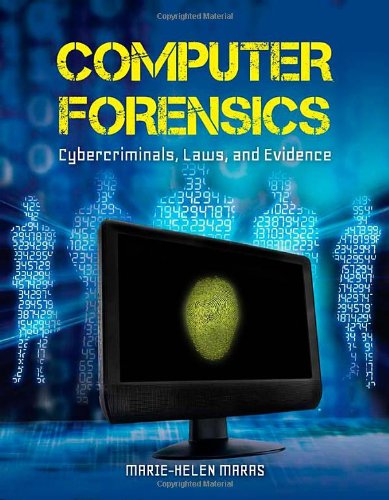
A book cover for Computer Forensics: Cybercriminals, Laws, And Evidence; Marie-Helen Maras; Computers & Technology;